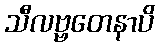
သီလဗ္ဗတေနာပိ